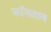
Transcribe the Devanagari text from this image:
फॉनतान